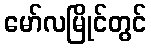
မော်လမြိုင်တွင်